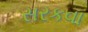
સરકવા